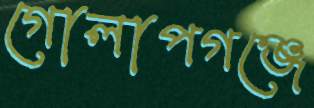
গোলাপগঞ্জে